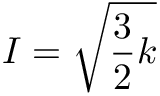
I = \sqrt { \frac { 3 } { 2 } k }